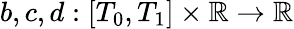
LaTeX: b,c,d:[T_{0},T_{1}]\times\mathbb{R}\rightarrow\mathbb{R}